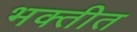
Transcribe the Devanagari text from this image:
भक्तीत